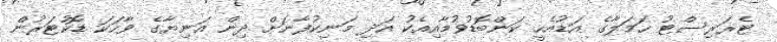
ޓެރަރިސްޓު ހަމަލާގެ އަޑުއެހީ ކަންބޮޑުވުމާއިއެކު އަދި މަނިކުފާނަށް ދިން އަނިޔާގެ ވާހަކަ ޑޮކުޓަރުން